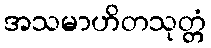
အသမာဟိတသုတ္တံ